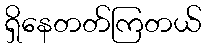
ရှိနေတတ်ကြတယ်